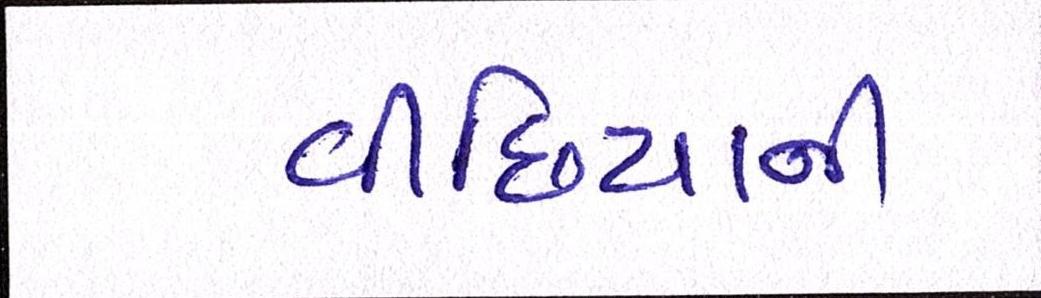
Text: વીંછિયાની